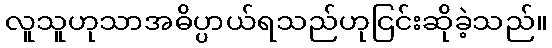
လူသူဟုသာအဓိပ္ပာယ်ရသည်ဟုငြင်းဆိုခဲ့သည်။